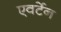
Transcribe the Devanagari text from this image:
एवर्टेन